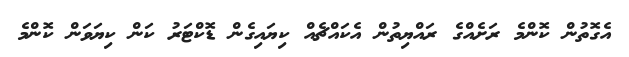
އެގޮތުން ކޮންމެ ރަށެއްގެ ރައްޔިތުން އެކައްޗެއް ކިޔައިގެން ޑޮކްޓަރު ކަން ކިޔަވަން ކޮންމެ